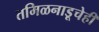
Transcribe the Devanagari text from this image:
तमिळनाडूचेही